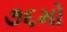
૭૬મો